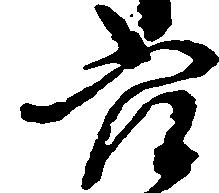
穴